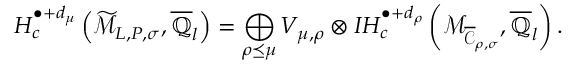
H _ { c } ^ { \bullet + d _ { \boldsymbol { \mu } } } \left( \widetilde { \mathcal { M } } _ { \boldsymbol { L } , \boldsymbol { P } , \boldsymbol { \sigma } } , \overline { { \mathbb { Q } } } _ { l } \right) = \bigoplus _ { \boldsymbol { \rho } \preceq \boldsymbol { \mu } } V _ { \boldsymbol { \mu } , \boldsymbol { \rho } } \otimes I H _ { c } ^ { \bullet + d _ { \boldsymbol { \rho } } } \left( { \mathcal { M } _ { \overline { { \mathcal { C } } } _ { \boldsymbol { \rho } , \boldsymbol { \sigma } } } } , \overline { { \mathbb { Q } } } _ { l } \right) .